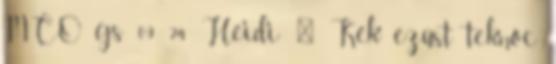
MCO gs 09 24 Heidi: ♀ Kék ezüst teknőc